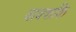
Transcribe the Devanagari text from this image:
वाक्शकि